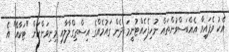
އެކު ވެފައިވާ އެއްބަސްވުންތައް ނުހިފެހެއްޓުނީމަ ދެން ގައުމެއްގެ އިސްތިގްލާލާއި މިނިވަންކަން "ޓަކާއޭ" އެ